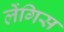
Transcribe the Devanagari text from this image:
लेंगिस